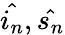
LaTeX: \hat{i_{n}},\hat{s_{n}}